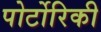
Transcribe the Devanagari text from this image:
पोर्टोरिकी